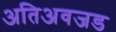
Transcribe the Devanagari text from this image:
अतिअवजड